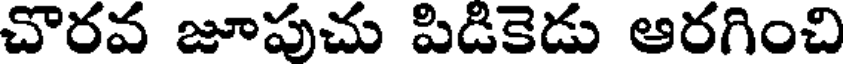
చొరవ జూపుచు పిడికెడు ఆరగించి